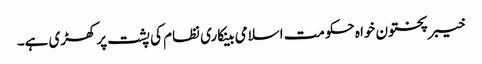
خیبرپختون خواہ حکومت اسلامی بینکاری نظام کی پشت پرکھڑی ہے۔